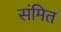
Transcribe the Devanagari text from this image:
संमित